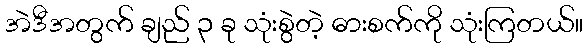
အဲဒီအတွက် ချည် ၃ ခု သုံးစွဲတဲ့ ဓားစက်ကို သုံးကြတယ်။